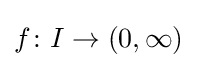
f\colon I\to (0,\infty )